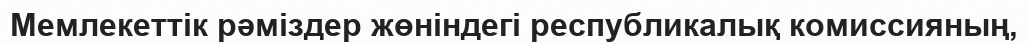
Мемлекеттік рәміздер жөніндегі республикалық комиссияның,